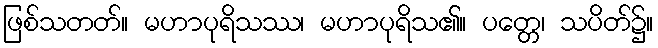
ဖြစ်သတတ်။ မဟာပုရိသဿ၊ မဟာပုရိသ၏။ ပတ္တေ၊ သပိတ်၌။